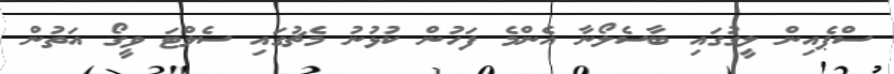
ސްޕެއިން ލީގުގައި ބާސެލޯނާ އެންމެ ފަހުން ކުޅުނު މެޗުގައި ސެލްޓަ ވީގޯ އަތުން